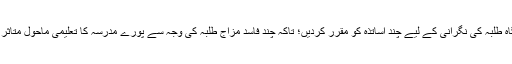
گاہ بگاہ طلبہ کی نگرانی کے لیے چند اساتذہ کو مقرر کردیں؛ تاکہ چند فاسد مزاج طلبہ کی وجہ سے پورے مدرسہ کا تعلیمی ماحول متاثر نہ ہو۔